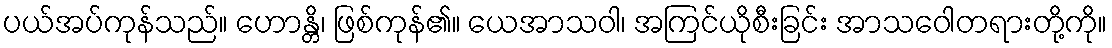
ပယ်အပ်ကုန်သည်။ ဟောန္တိ၊ ဖြစ်ကုန်၏။ ယေအာသဝါ၊ အကြင်ယိုစီးခြင်း အာသဝေါတရားတို့ကို။